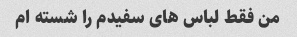
من فقط لباس های سفیدم را شسته ام